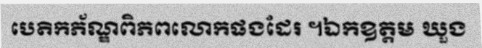
បេតិកភ័ណ្ឌពិភពលោកផងដែរ ។ឯកឧត្តម ឃួង